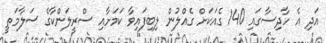
އަދި އެ ހާދިސާގައި 140 ގެއަކަށް ގެއްލުން ލިބިފައިވާ ކަަމަށާއި ސްރީލަންކާގެ ސަލާމަތީ